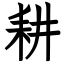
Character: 耕